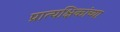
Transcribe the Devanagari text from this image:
प्रात्यक्षिकांच्या